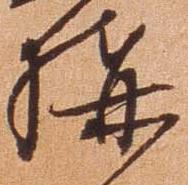
構